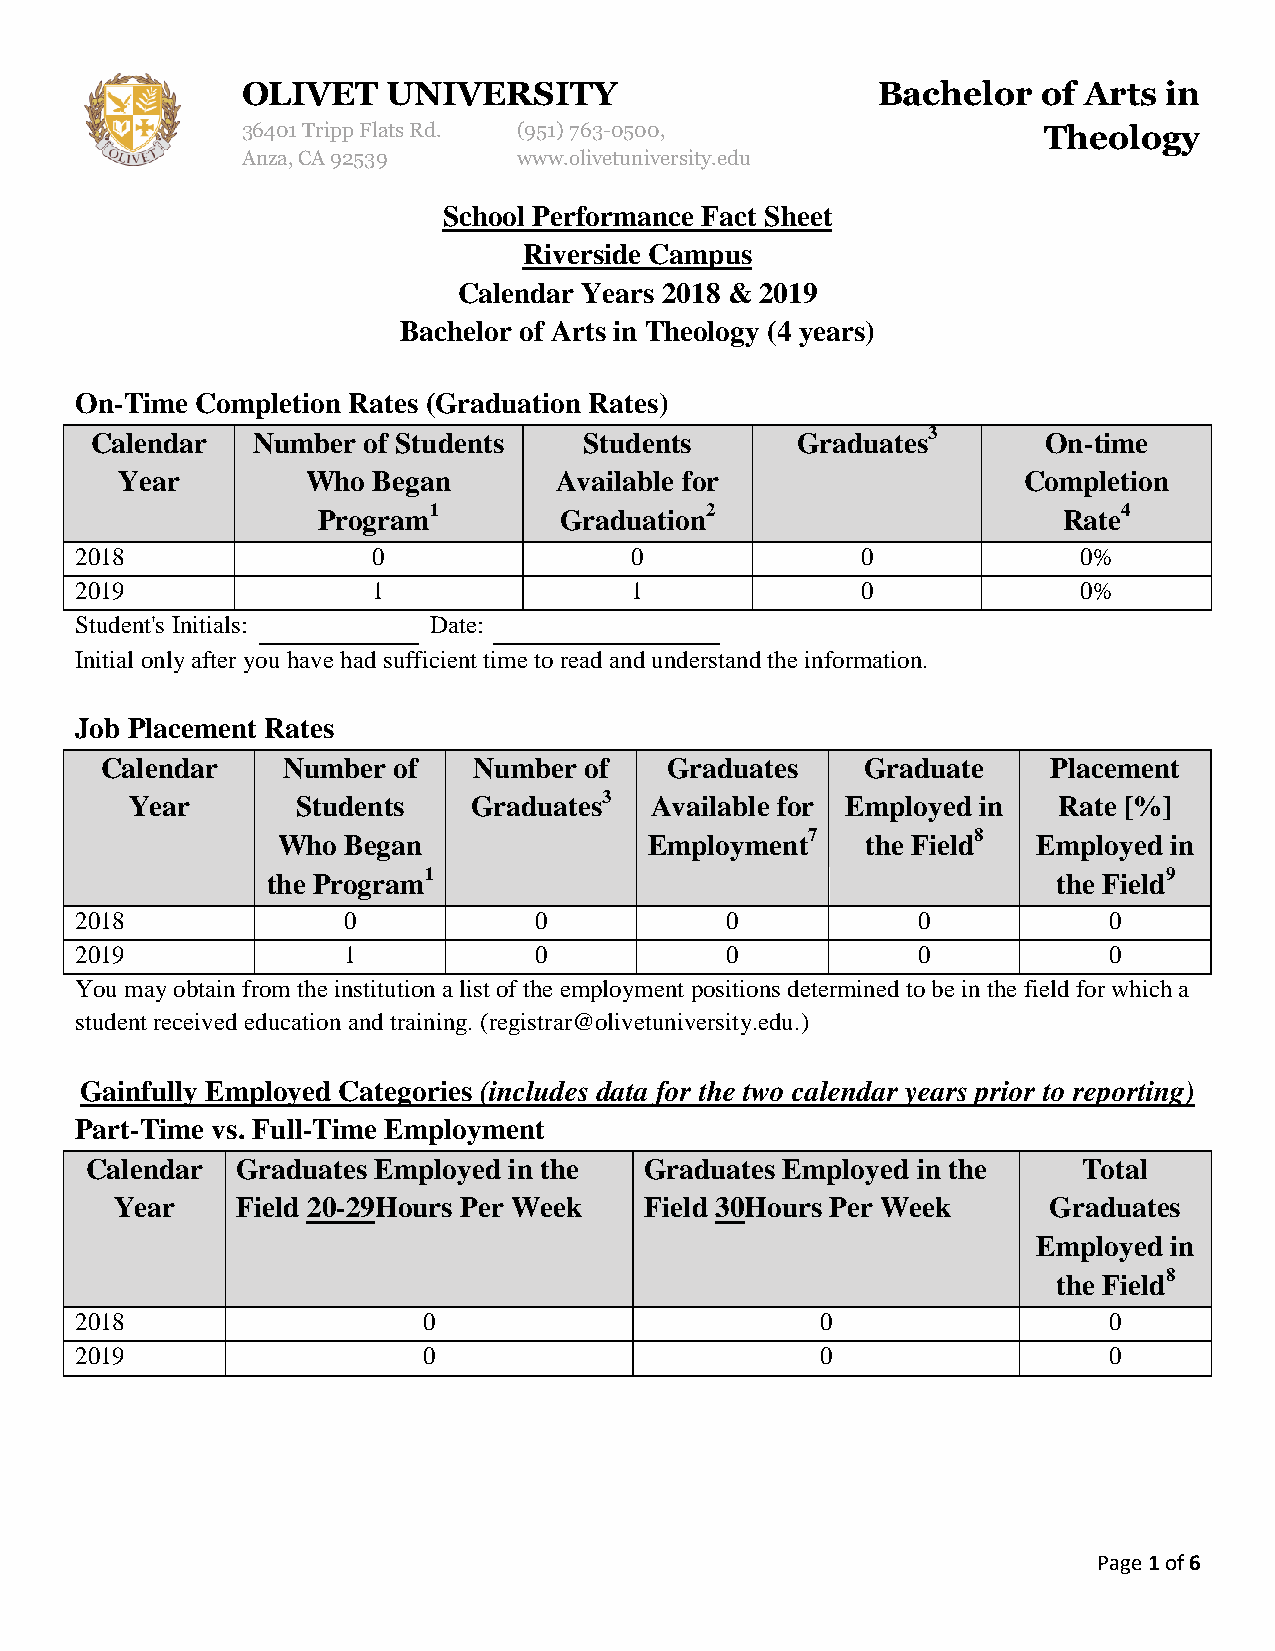
OLIVET    UNIVERSITY                      Bachelor   of Arts in
 36401 Tripp Flats Rd. (951) 763-0500,                Theology
 Anza, CA 92539    www.olivetuniversity.edu
 School Performance Fact Sheet
 Riverside Campus
 Calendar Years 2018 & 2019
 Bachelor of Arts in Theology (4 years)
 On-Time Completion Rates (Graduation Rates)
 Calendar   Number of Students    Students      Graduates3      On-time
 Year        Who  Began       Available for                  Completion
 Program1        Graduation2                      Rate4
 2018                0                0              0              0%
 2019                1                1              0              0%
 Student's Initials:    Date:
 Initial only after you have had sufficient time to read and understand the information.
 Job Placement Rates
 Calendar    Number of   Number  of   Graduates    Graduate     Placement
 Year       Students   Graduates3  Available for Employed in  Rate [%]
 Who  Began               Employment7   the Field8  Employed in
 the Program1                                        the Field9
 2018              0           0            0            0           0
 2019              1           0            0            0           0
 You may obtain from the institution a list of the employment positions determined to be in the field for which a
 student received education and training. (registrar@olivetuniversity.edu.)
 Gainfully Employed Categories (includes data for the two calendar years prior to reporting)
 Part-Time vs. Full-Time Employment
 Calendar  Graduates Employed in the  Graduates Employed in the    Total
 Year    Field 20-29Hours Per Week  Field 30Hours Per Week    Graduates
 Employed in
 the Field8
 2018                   0                         0                  0
 2019                   0                         0                  0
 Page 1 of 6